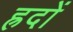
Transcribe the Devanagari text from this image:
ह्रदों